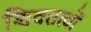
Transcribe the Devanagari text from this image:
शिवतत्वों